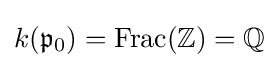
k({\mathfrak {p}}_{0})=\operatorname {Frac} (\mathbb {Z} )=\mathbb {Q}